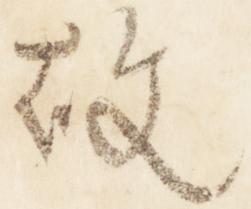
故